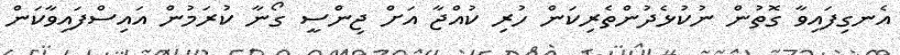
އެނގިފައިވާ ގޮތުން ނުކުޅެދުންތެރިކަން ހުރި ކުއްޖާ އަށް ޖިންސީ ގޯނާ ކުރަމުން އައިސްފައިވާކަން